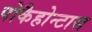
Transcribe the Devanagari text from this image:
पोकैहोन्टास